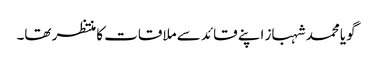
گویا محمد شہباز اپنے قائد سے ملاقات کا منتظر تھا۔